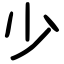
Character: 少